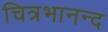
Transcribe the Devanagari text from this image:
चित्रभानन्द